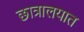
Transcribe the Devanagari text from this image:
छात्रालयात